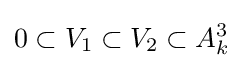
0\subset V_{1}\subset V_{2}\subset A_{k}^{3}